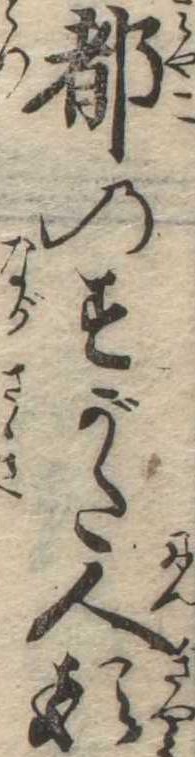
都のすがた人形